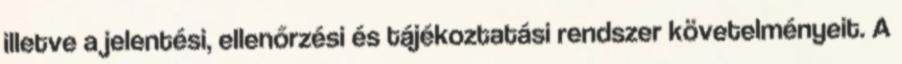
illetve a jelentési, ellenőrzési és tájékoztatási rendszer követelményeit. A